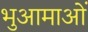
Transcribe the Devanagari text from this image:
भुआमाओं